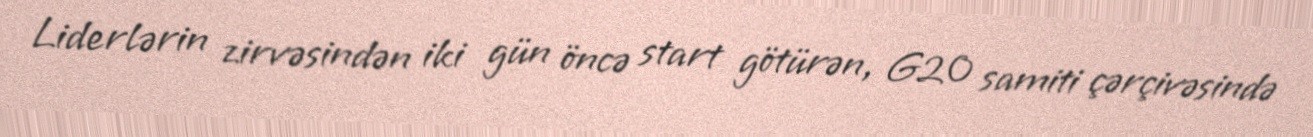
Liderlərin zirvəsindən iki gün öncə start götürən, G20 samiti çərçivəsində